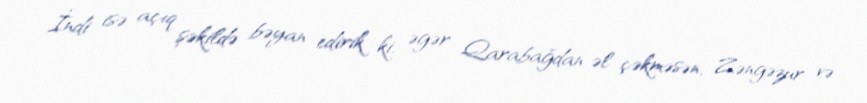
İndi isə açıq şəkildə bəyan edirik ki, əgər Qarabağdan əl çəkməsən, Zəngəzur və